Indian journal of veterinary science and animal husbandry - Volume 6,
Year: 1936
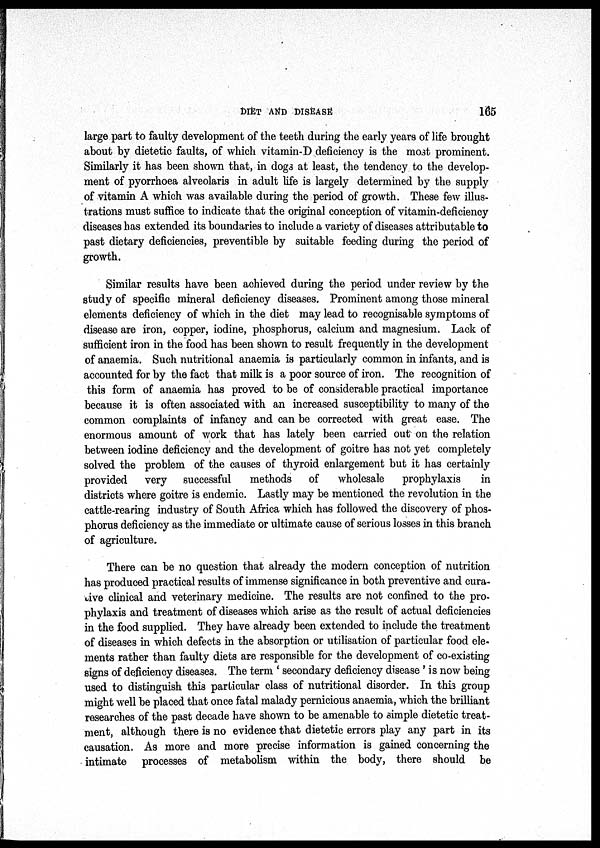
DIET AND DISEASE
165
large part to faulty development of the teeth during the early years of life brought
about by dietetic faults, of which vitamin-D deficiency is the most prominent.
Similarly it has been shown that, in dogs at least, the tendency to the develop-
ment of pyorrhoea alveolaris in adult life is largely determined by the supply
of vitamin A which was available during the period of growth. These few illus-
trations must suffice to indicate that the original conception of vitamin-deficiency
diseases has extended its boundaries to include a variety of diseases attributable to
past dietary deficiencies, preventible by suitable feeding during the period of
growth.
Similar results have been achieved during the period under review by the
study of specific mineral deficiency diseases. Prominent among those mineral
elements deficiency of which in the diet may lead to recognisable symptoms of
disease are iron, copper, iodine, phosphorus, calcium and magnesium. Lack of
sufficient iron in the food has been shown to result frequently in the development
of anaemia. Such nutritional anaemia is particularly common in infants, and is
accounted for by the fact that milk is a poor source of iron. The recognition of
this form of anaemia has proved to be of considerable practical importance
because it is often associated with an increased susceptibility to many of the
common complaints of infancy and can be corrected with great ease. The
enormous amount of work that has lately been carried out on the relation
between iodine deficiency and the development of goitre has not yet completely
solved the problem of the causes of thyroid enlargement but it has certainly
provided
very
successful
methods
of
wholesale
prophylaxis
in
districts where goitre is endemic. Lastly may be mentioned the revolution in the
cattle-rearing industry of South Africa which has followed the discovery of phos-
phorus deficiency as the immediate or ultimate cause of serious losses in this branch
of agriculture.
There can be no question that already the modern conception of nutrition
has produced practical results of immense significance in both preventive and cura-
tive clinical and veterinary medicine. The results are not confined to the pro-
phylaxis and treatment of diseases which arise as the result of actual deficiencies
in the food supplied. They have already been extended to include the treatment
of diseases in which defects in the absorption or utilisation of particular food ele-
ments rather than faulty diets are responsible for the development of co-existing
signs of deficiency diseases. The term ' secondary deficiency disease ' is now being
used to distinguish this particular class of nutritional disorder. In this group
might well be placed that once fatal malady pernicious anaemia, which the brilliant
researches of the past decade have shown to be amenable to simple dietetic treat-
ment, although there is no evidence that dietetic errors play any part in its
causation. As more and more precise information is gained concerning the
intimate processes of metabolism within the body, there should be